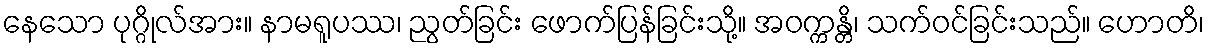
နေသော ပုဂ္ဂိုလ်အား။ နာမရူပဿ၊ ညွတ်ခြင်း ဖောက်ပြန်ခြင်းသို့။ အဝက္ကန္တိ၊ သက်ဝင်ခြင်းသည်။ ဟောတိ၊